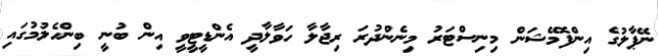
ނޭޕާލުގެ އިންފޮމޭޝަން މިނިސްޓަރު މިނެންދުރަ ރިޖާލާ ހަވާލާދީ އެންޑީޓީވީ އިން ބުނީ ބިންހެލުމުގައި